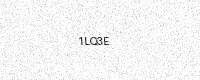
Text: 1LQ3E